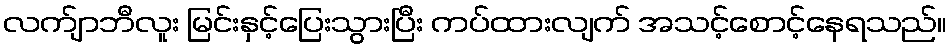
လက်ျာဘီလူး မြင်းနှင့်ပြေးသွားပြီး ကပ်ထားလျက် အသင့်စောင့်နေရသည်။